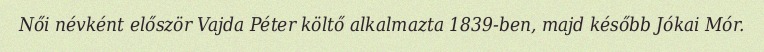
Női névként először Vajda Péter költő alkalmazta 1839-ben, majd később Jókai Mór.